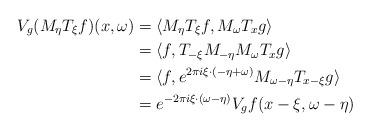
LaTeX: \begin{align*}V_g(M_\eta T_\xi f)(x, \omega) & = \langle M_\eta T_\xi f, M_\omega T_x g \rangle\\& = \langle f, T_{-\xi} M_{-\eta} M_\omega T_x g \rangle\\& = \langle f, e^{2 \pi i \xi \cdot (-\eta + \omega)} M_{\omega-\eta} T_{x-\xi} g \rangle\\& = e^{-2 \pi i \xi \cdot (\omega - \eta)} V_g f(x-\xi,\omega-\eta)\end{align*}